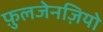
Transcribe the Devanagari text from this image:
फ़ुलजेनज़ियो